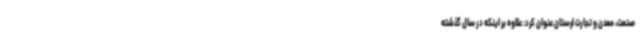
صنعت، معدن و تجارت لرستان عنوان کرد: علاوه بر اینکه در سال گذشته